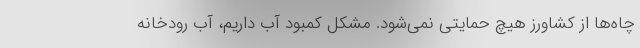
چاه‌ها از کشاورز هیچ حمایتی نمی‌شود. مشکل کمبود آب داریم، آب رودخانه